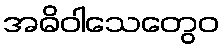
အဓိဝါသေတွေဝ